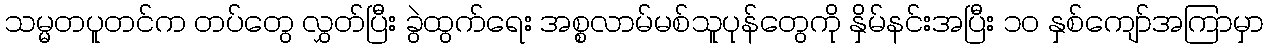
သမ္မတပူတင်က တပ်တွေ လွှတ်ပြီး ခွဲထွက်ရေး အစ္စလာမ်မစ်သူပုန်တွေကို နှိမ်နင်းအပြီး ၁၀ နှစ်ကျော်အကြာမှာ